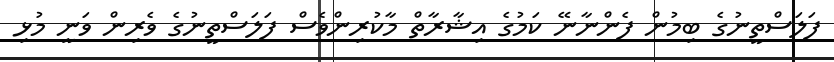
ފަލަސްތީނުގެ ބިމުން ފެންނާނޭ ކަމުގެ އިޝާރާތް މާކުރިންވެސް ފަލަސްތީނުގެ ވެރިން ވަނީ މުޅި